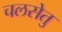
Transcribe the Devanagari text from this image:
चलसेतु